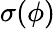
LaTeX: \sigma(\phi)